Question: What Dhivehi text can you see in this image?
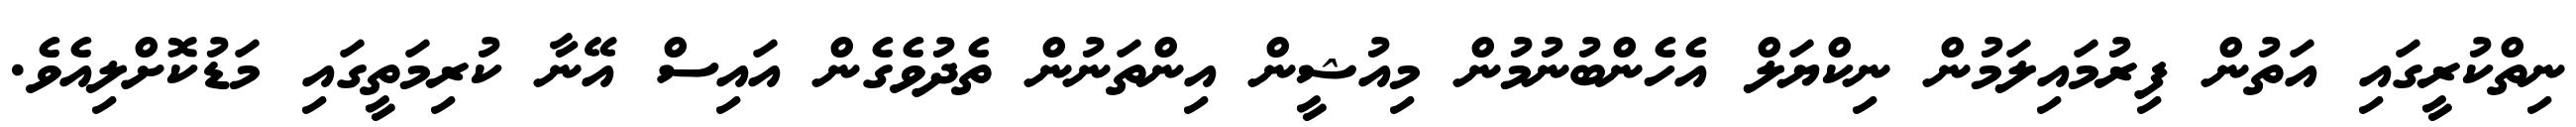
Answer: ނިތްކުރީގައި އަތުން ފިރުމައިލަމުން ނިކްޔަލް އެހެންބުނުމުން މިއުޝީން އިންތަނުން ތެދުވެގެން އައިސް އޭނާ ކުރިމަތީގައި މަޑުކޮށްލިއެވެ.